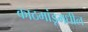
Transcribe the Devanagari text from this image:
काठमांडूमधील